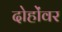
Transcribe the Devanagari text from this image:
दोहोंवर